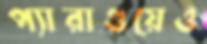
প্যারাগুয়েও